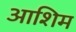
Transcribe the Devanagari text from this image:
आशिम